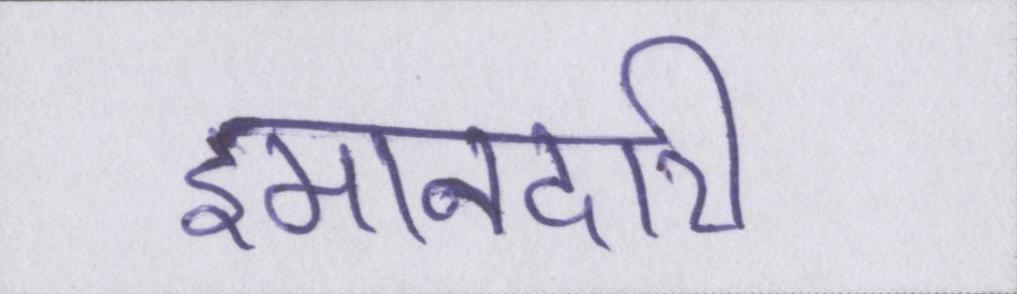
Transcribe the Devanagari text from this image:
इमानदारी